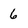
Character: 6